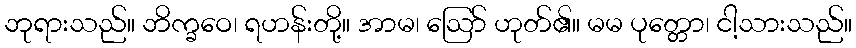
ဘုရားသည်။ ဘိက္ခဝေ၊ ရဟန်းတို့။ အာမ၊ ဩော် ဟုတ်၏။ မမ ပုတ္တော၊ ငါ့သားသည်။